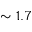
\sim 1 . 7